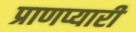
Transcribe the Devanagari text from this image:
प्राणप्यारी